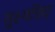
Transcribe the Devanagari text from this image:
सूक्ष्मछिद्र